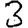
Digit: 3